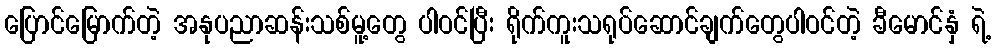
ပြောင်မြောက်တဲ့ အနုပညာဆန်းသစ်မူ့တွေ ပါဝင်ပြီး ရိုက်ကူးသရုပ်ဆောင်ချက်တွေပါဝင်တဲ့ ခီမောင်နှံ ရဲ့